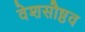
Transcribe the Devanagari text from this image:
वेशसौष्ठव